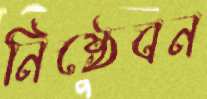
নিষ্ঠেবন